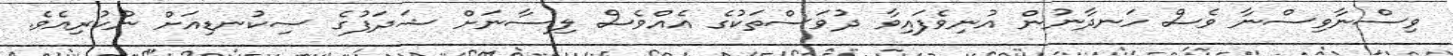
ވިސްނާވިސްނާ ވެސް ހަނދާނުން އުނިވެފައިވާ ދުވަސްތަކުގެ އެއްވެސް ލިސާނަށް ޝަދަފުގެ ސިކުނޑިއަށް ނުކުރިއެވެ.